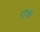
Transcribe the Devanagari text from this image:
ऱॉक